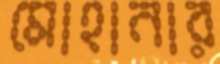
মোহানার